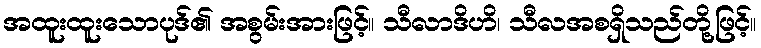
အထူးထူးသောပုဒ်၏ အစွမ်းအားဖြင့်။ သီလာဒိဟိ၊ သီလအစရှိသည်တို့ဖြင့်။